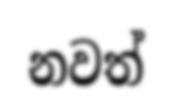
නවත්